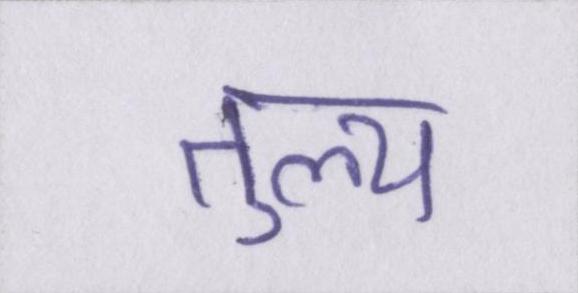
तुल्य